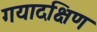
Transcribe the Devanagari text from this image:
गयादक्षिण